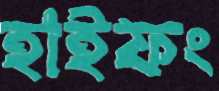
হাইফং